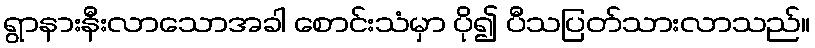
ရွာနားနီးလာသောအခါ စောင်းသံမှာ ပို၍ ပီသပြတ်သားလာသည်။